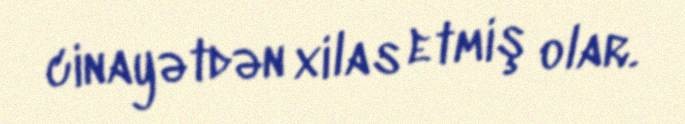
cinayətdən xilas etmiş olar.